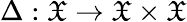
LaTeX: \Delta:{\mathfrak{X}}\to{\mathfrak{X}}\times{\mathfrak{X}}